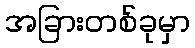
အခြားတစ်ခုမှာ